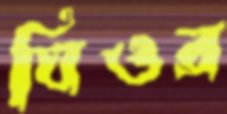
ঘিওর